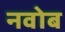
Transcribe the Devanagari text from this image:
नवोब